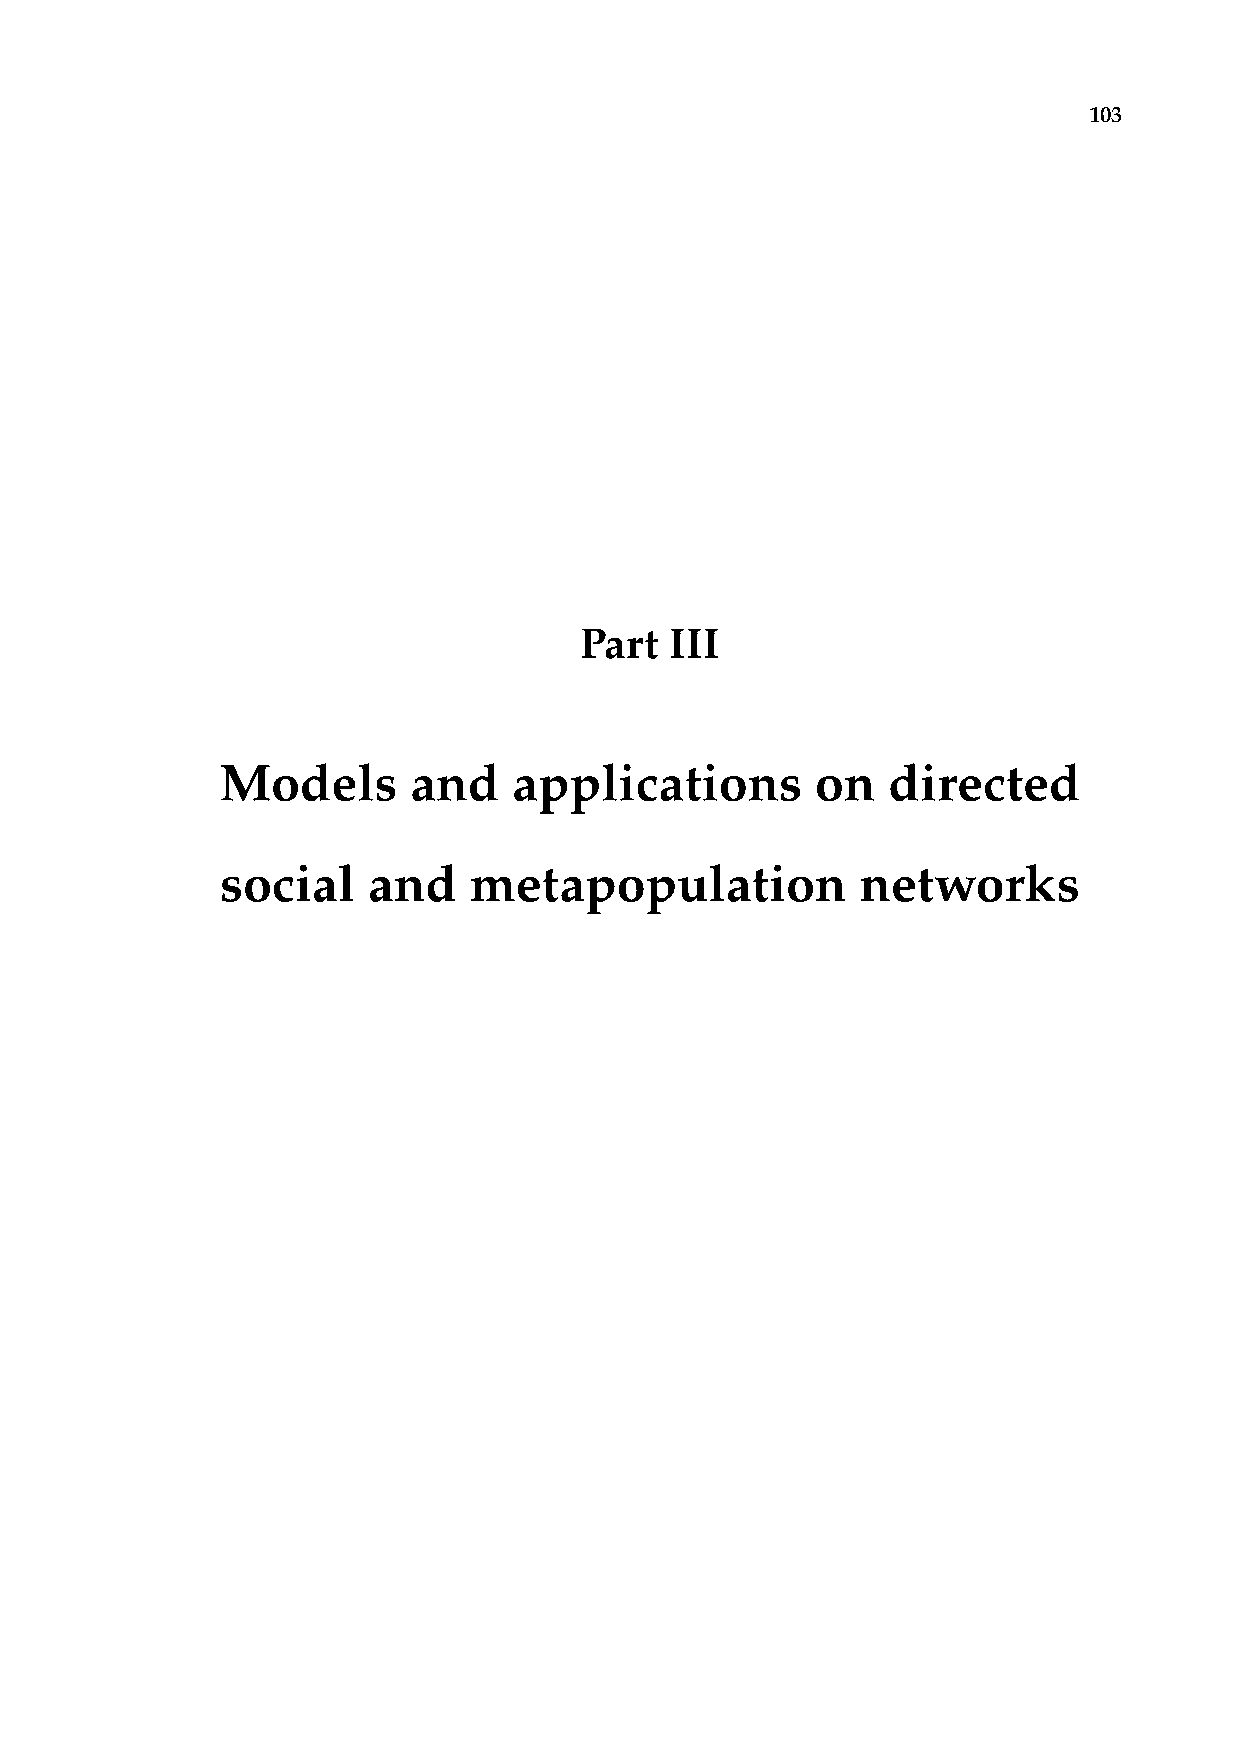
103
 Part  III
 Models      and    applications        on   directed
 social   and    metapopulation            networks